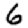
Digit: 6